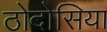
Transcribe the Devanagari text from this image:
ठोदोसिया